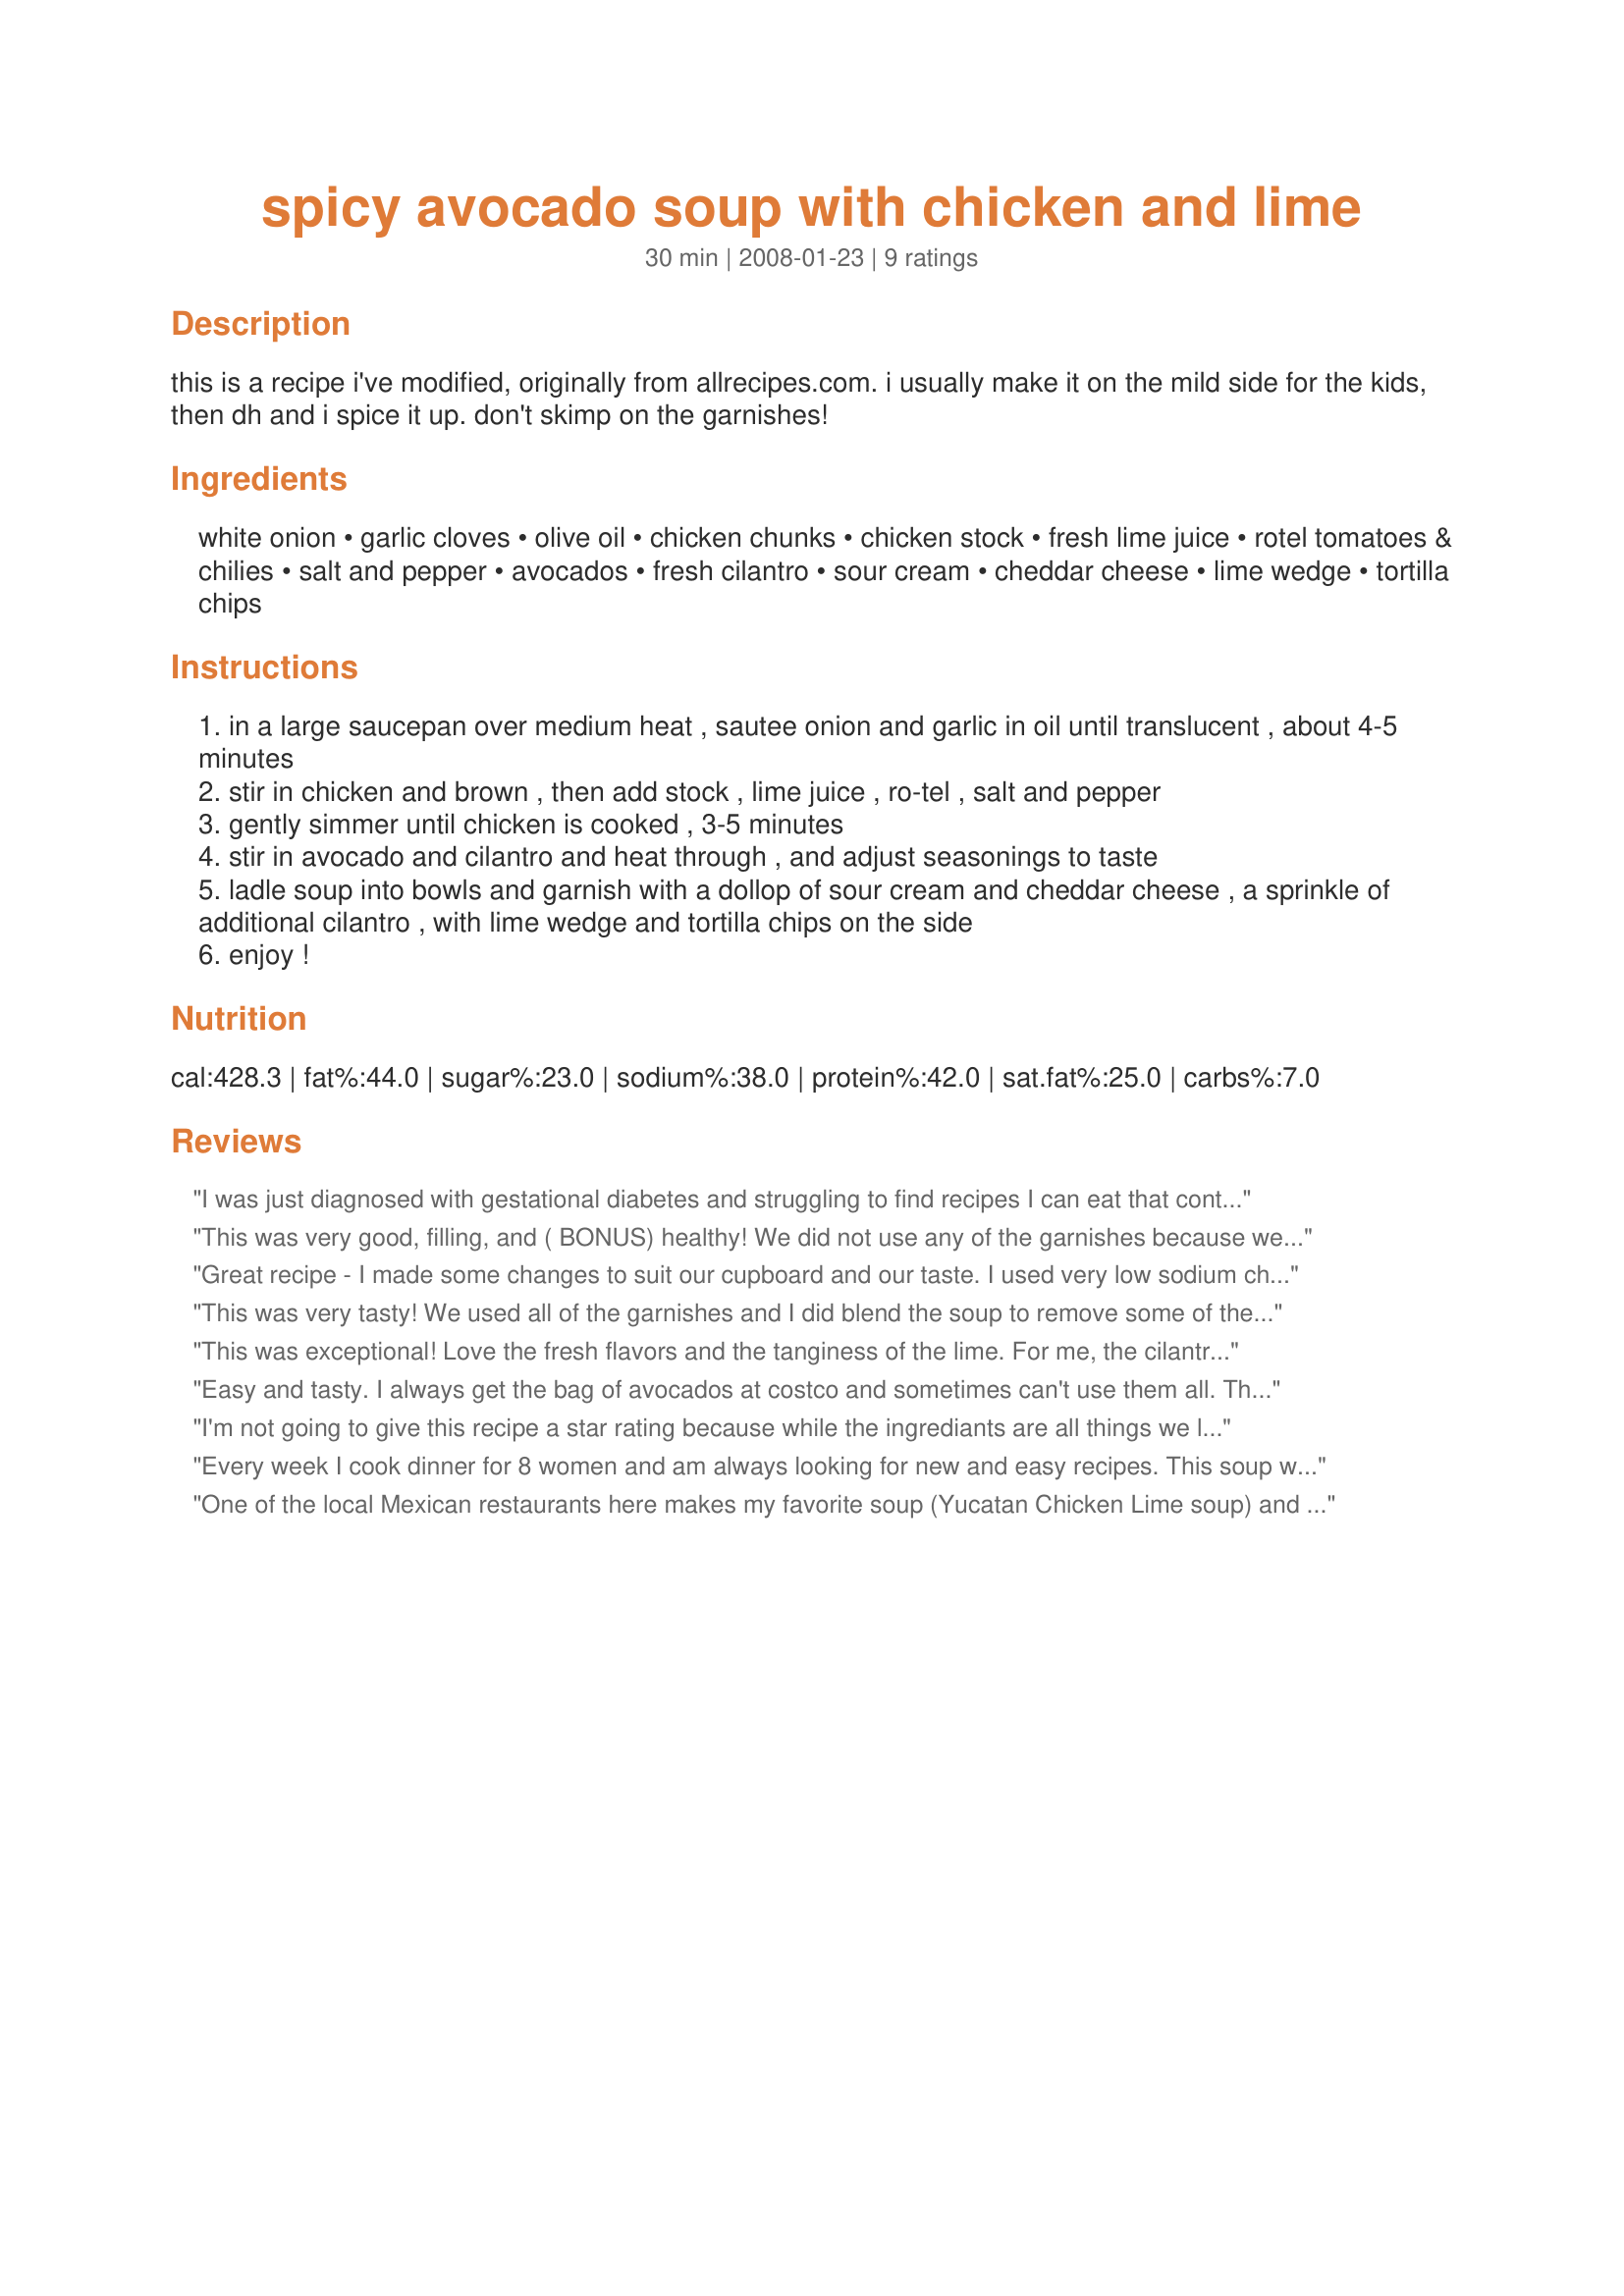
spicy avocado soup with chicken and lime
Preparation time: 30 minutes

this is a recipe i've modified, originally from allrecipes.com. i usually make it on the mild side for the kids, then dh and i spice it up. don't skimp on the garnishes!

Ingredients:
white onion, garlic cloves, olive oil, chicken chunks, chicken stock, fresh lime juice, rotel tomatoes & chilies, salt and pepper, avocados, fresh cilantro, sour cream, cheddar cheese, lime wedge, tortilla chips

Steps:
in a large saucepan over medium heat , sautee onion and garlic in oil until translucent , about 4-5 minutes
stir in chicken and brown , then add stock , lime juice , ro-tel , salt and pepper
gently simmer until chicken is cooked , 3-5 minutes
stir in avocado and cilantro and heat through , and adjust seasonings to taste
ladle soup into bowls and garnish with a dollop of sour cream and cheddar cheese , a sprinkle of additional cilantro , with lime wedge and tortilla chips on the side
enjoy !

Reviews:
I was just diagnosed with gestational diabetes and struggling to find recipes I can eat that contain ingredients/flavors I like. This was excellent. I did add some sour cream into my soup and stirred it in, it gave it a creamier texture which was great. 

Thank you for sharing!
This was very good, filling, and ( BONUS) healthy! We did not use any of the garnishes because we didn't need them . It was great just the way it was. Everyone in my family liked it even my 12, 11, and 3 year old (although the kids thought it looked gross...I thought it was pretty and colorful). I added lime pulp when I was adding the juice just because I LOVE limes, but other than that followed the recipe exactly. Next time I will try blending the avocado instead of chopping it because my husband wants to see how it tastes as a creamy soup. Thanks for a tasty, healthy, and unique recipe that I can feel good about serving to my family.
Great recipe - I made some changes to suit our cupboard and our taste. I used very low sodium chicken soup base for the broth and used green enchilada sauce instead of the canned tomatoes and the jalape&ntilde;os and that was spicy enough for Mr. Wonderful who was born and raised Wyoming, with little exposure to jalape&ntilde;os. :-) I added a can of white beans (hominy would also work but there&#039;s that Wyoming thing again) to give it a bit more texture, and used some crunched up tortilla chips and shredded cabbage before topping it with chopped avocado. This stays in &quot;the rotation!&quot;
This was very tasty! We used all of the garnishes and I did blend the soup to remove some of the "chunks" so my son would eat it. Unfortunately he would not try it. Too bad because I know he would have loved it - he is crazy for avocados.
This was exceptional! Love the fresh flavors and the tanginess of the lime. For me, the cilantro was the crowning touch
Easy and tasty. I always get the bag of avocados at costco and sometimes can't use them all. This is a great way to use up 2 avocados. You really don't need cheese or sour cream - it's good as is. I used the Mild Rotel tomatoes and adjusted the spiciness with fresh ground black pepper. I was afraid it wouldn't be spicy enough, but it was perfect. Made some fresh whole wheat biscuits to go with it. This soup is a keeper.
I'm not going to give this recipe a star rating because while the ingrediants are all things we like, our family was all over the board in reviewing it. Averaging it out didn't seem fair to what I think would be a lovely light meal on a summer evening.
Every week I cook dinner for 8 women and am always looking for new and easy recipes. This soup was a winner!! I have to admit, I was skeptical at first, but was more than satisfied with the outcome. This was an extremely fast and easy recipe with a very flavorful outcome. Next time I will take the suggestion of mashing some of the avocado for a thicker consistency.
One of the local Mexican restaurants here makes my favorite soup (Yucatan Chicken Lime soup) and I've been searching everywhere for a similar recipe. I made this last night and I swear it's gotta be the same recipe! The only difference is that they use shredded chicken, but this soup literally makes my mouth water. It's delicious and it will be a staple of mine from now on! I added a couple slices of jalapenos to give it a little extra "kick." Excellent recipe!
